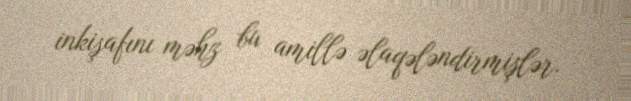
inkişafını məhz bu amillə əlaqələndirmişlər.